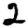
Digit: 2